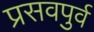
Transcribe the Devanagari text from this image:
प्रसवपुर्व